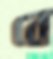
বে